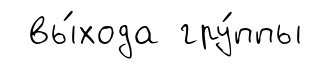
вы́хода гру́ппы